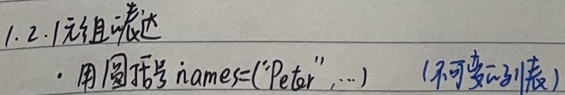
1.2.1 元组的表达
- 用圆括号 \(names=(\text{"Peter}",\cdots)\)（不可变的列表）